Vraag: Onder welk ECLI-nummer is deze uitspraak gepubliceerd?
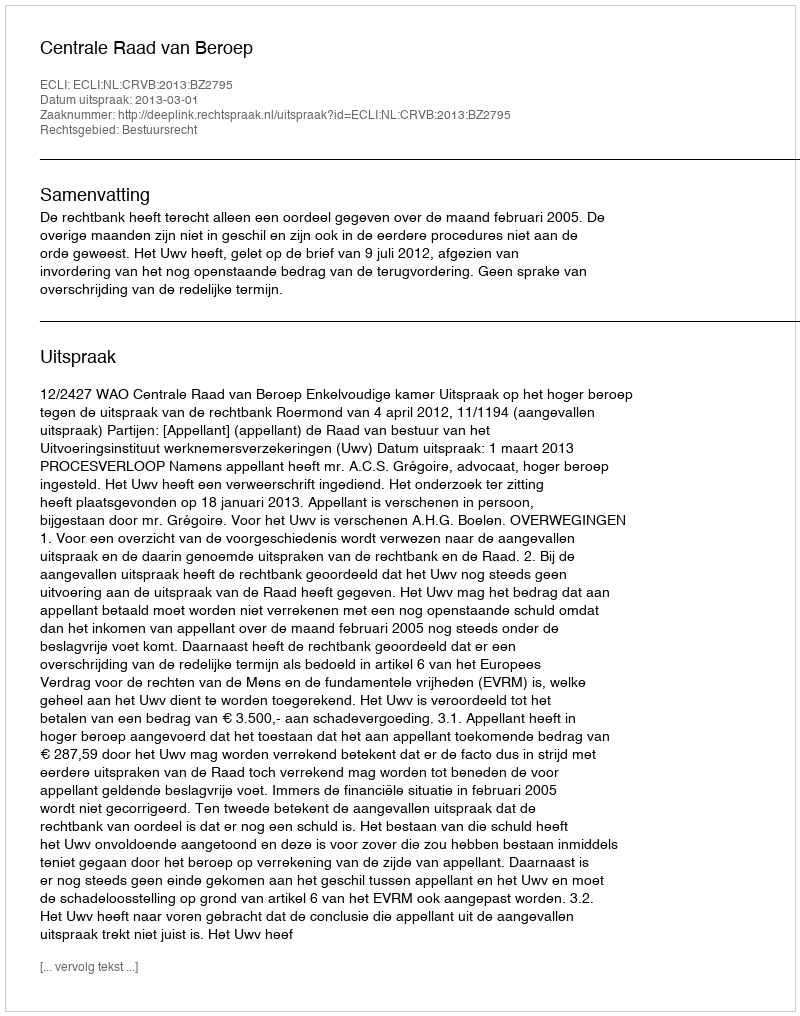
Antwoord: ECLI:NL:CRVB:2013:BZ2795